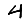
Digit: 4